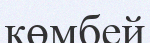
көмбей